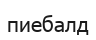
пиебалд